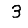
Digit: 3